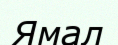
Ямал